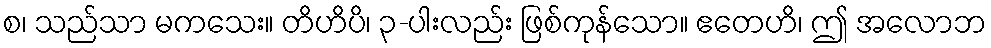
စ၊ သည်သာ မကသေး။ တိဟိပိ၊ ၃-ပါးလည်း ဖြစ်ကုန်သော။ ဧတေဟိ၊ ဤ အလောဘ